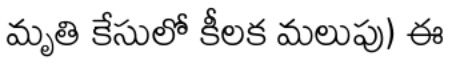
మృతి కేసులో కీలక మలుపు) ఈ